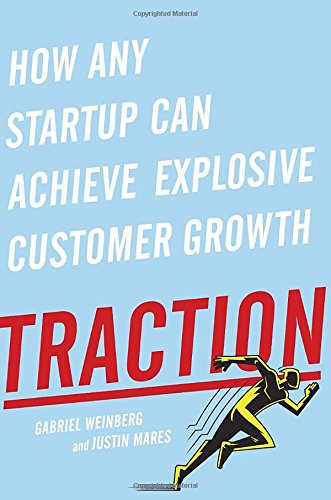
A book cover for Traction: How Any Startup Can Achieve Explosive Customer Growth; Gabriel Weinberg; Business & Money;